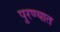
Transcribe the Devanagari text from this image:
पुरण्यात